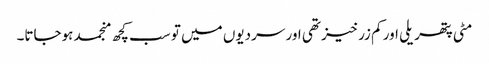
مٹی پتھریلی اور کم زرخیز تھی اور سردیوں میں تو سب کچھ منجمد ہوجاتا۔